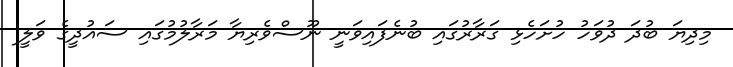
މިދިޔަ ބުދަ ދުވަހު ހުށަހެޅި ގަރާރުގައި ބުނެފައިވަނީ ނޫސްވެރިޔާ މަރާލުމުގައި ސައުދީގެ ވަލީ